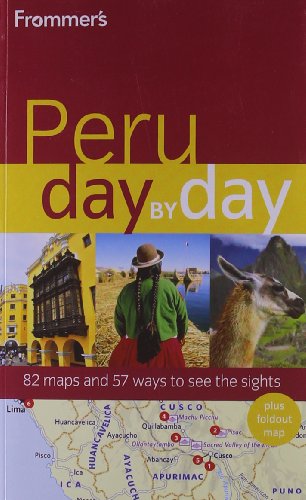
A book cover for Frommer's Peru Day by Day (Frommer's Day by Day - Full Size); Neil Edward Schlecht; Travel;